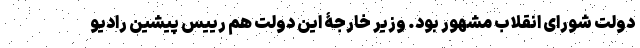
دولت شورای انقلاب مشهور بود. وزیر خارجۀ این دولت هم رییس پیشین رادیو